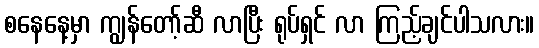
စနေနေ့မှာ ကျွန်တော့်ဆီ လာပြီး ရုပ်ရှင် လာ ကြည့်ချင်ပါသလား။